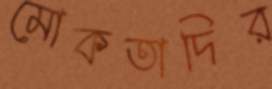
মোকতাদির